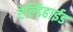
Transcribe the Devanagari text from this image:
ऐल्डिहाईड